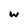
Character: w